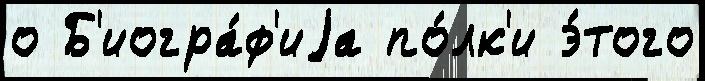
о Б'иогра́ф'иjа по́лк'и э́того